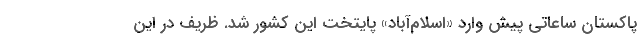
پاکستان ساعاتی پیش وارد «اسلام‌آباد» پایتخت این کشور شد. ظریف در این